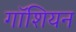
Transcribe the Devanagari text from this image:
गॉशियन